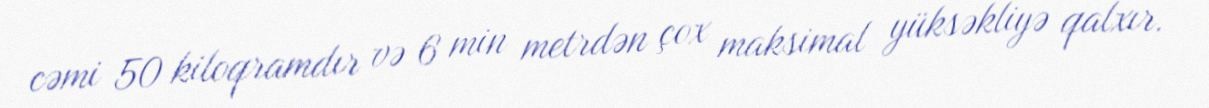
cəmi 50 kiloqramdır və 6 min metrdən çox maksimal yüksəkliyə qalxır.